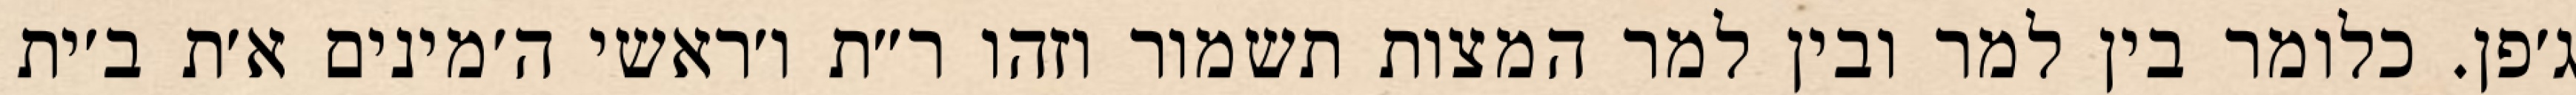
ג׳פן. כלומר בין למר ובין למר המצות תשמור וזהו ר״ת ו׳ראשי ה׳מינים א׳ת ב׳ית